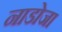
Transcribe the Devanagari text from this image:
नाडोजा